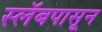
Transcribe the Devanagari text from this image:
स्लॅबपासून